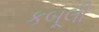
કબૂલી